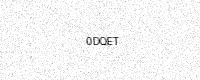
Text: 0DQET